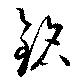
銘